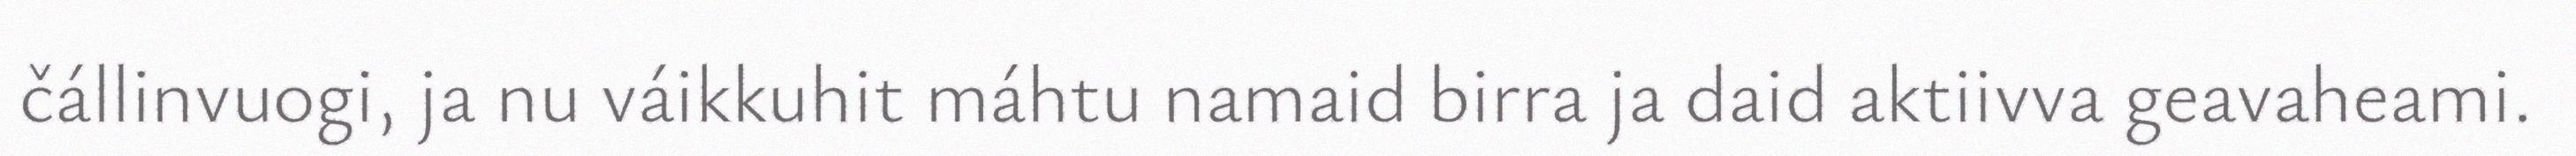
čállinvuogi, ja nu váikkuhit máhtu namaid birra ja daid aktiivva geavaheami.